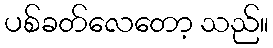
ပစ်ခတ်လေတော့ သည်။